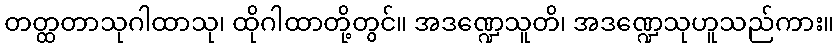
တတ္ထတာသုဂါထာသု၊ ထိုဂါထာတို့တွင်။ အဒဏ္ဍေသူတိ၊ အဒဏ္ဍေသုဟူသည်ကား။